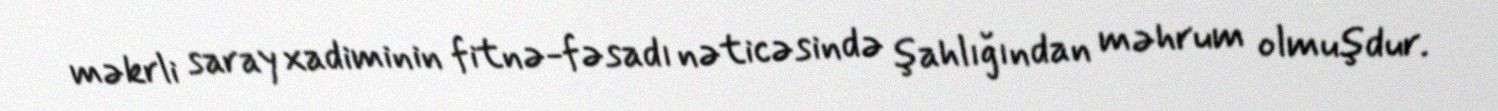
məkrli saray xadiminin fitnə-fəsadı nəticəsində şahlığından məhrum olmuşdur.